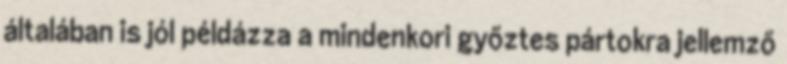
általában is jól példázza a mindenkori győztes pártokra jellemző